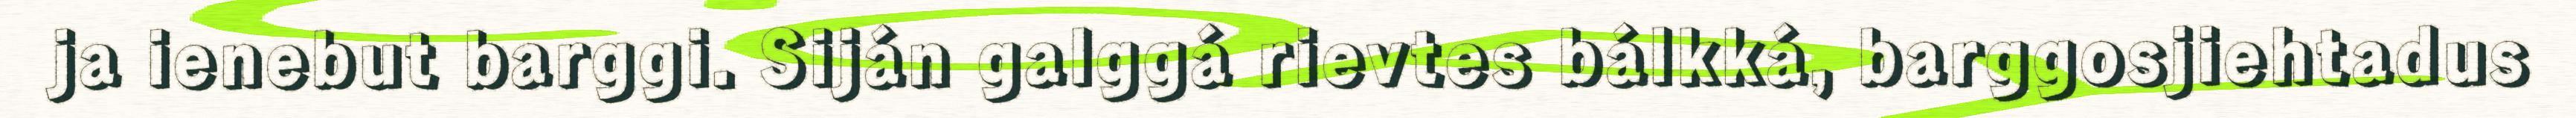
ja ienebut barggi. Siján galggá rievtes bálkká, barggosjiehtadus